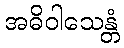
အဓိဝါသေန္တံ